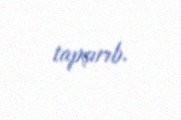
tapşırıb.